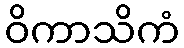
ဝိကာသိကံ